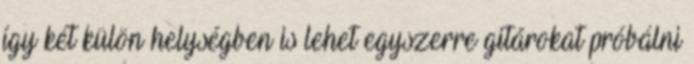
így két külön helységben is lehet egyszerre gitárokat próbálni